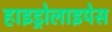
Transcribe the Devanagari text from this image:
हाइड्रोलाइपेस